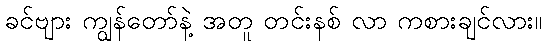
ခင်ဗျား ကျွန်တော်နဲ့ အတူ တင်းနစ် လာ ကစားချင်လား။